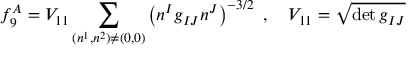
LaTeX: f _ { 9 } ^ { A } = V _ { 1 1 } \sum _ { ( n ^ { 1 } , n ^ { 2 } ) \ne ( 0 , 0 ) } \left( n ^ { I } g _ { I J } n ^ { J } \right) ^ { - 3 / 2 } \ , \quad V _ { 1 1 } = \sqrt { \operatorname * { d e t } g _ { I J } }